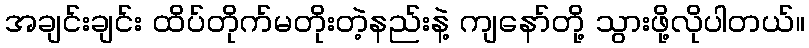
အချင်းချင်း ထိပ်တိုက်မတိုးတဲ့နည်းနဲ့ ကျနော်တို့ သွားဖို့လိုပါတယ်။